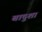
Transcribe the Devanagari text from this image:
बादुशा